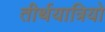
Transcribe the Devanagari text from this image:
तीर्थयात्रियो